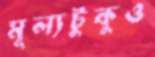
মূল্যটুকুও